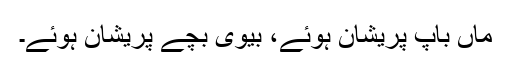
ماں باپ پریشان ہوئے، بیوی بچے پریشان ہوئے۔